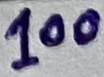
Text: 100